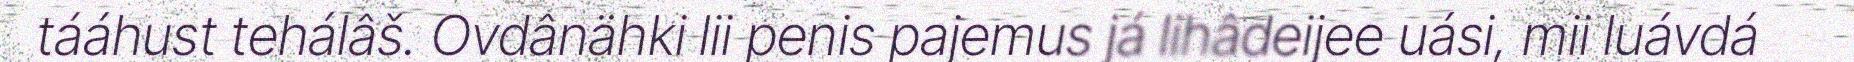
tááhust tehálâš. Ovdânähki lii penis pajemus já lihâdeijee uási, mii luávdá